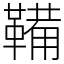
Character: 鞴